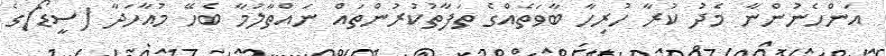
އަންހެނުންނާ މެދު ކުރާ ހުރިހާ ބާވަތެއްގެ ތަފާތުކުރުންތައް ނައްތާލުމާ ބެހޭ މުއާހަދާ (ސީޑޯ)ގެ